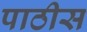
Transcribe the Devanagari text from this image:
पाठीस